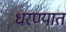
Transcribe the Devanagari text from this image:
धरण्‍यात